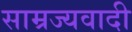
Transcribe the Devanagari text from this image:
साम्रज्यवादी